Civil Veterinary Department. Central Provinces & Berar 1925-31 - 1925-1931
Year: 1925
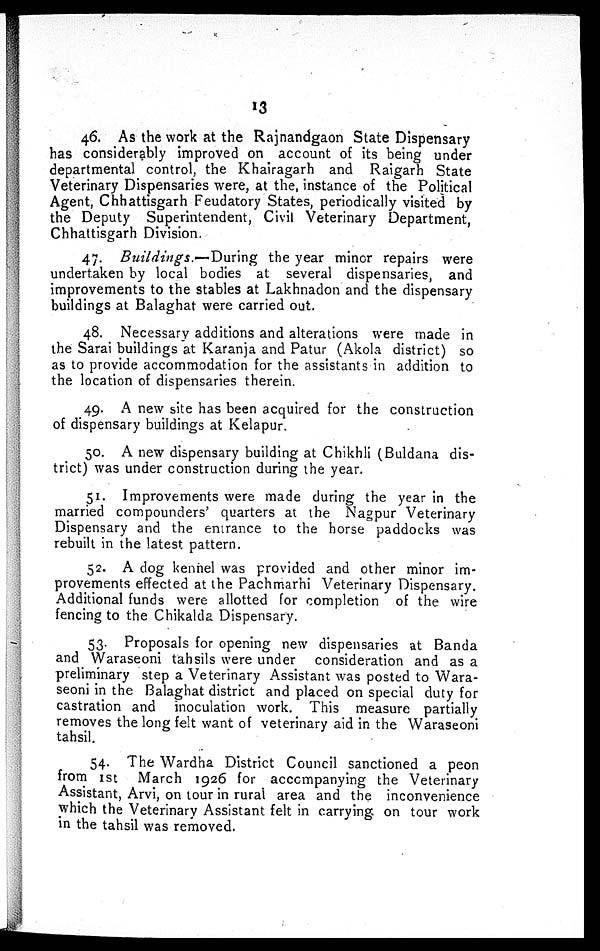
13
46. As the work at the Rajnandgaon State Dispensary
has considerably improved on account of its being under
departmental control, the Khairagarh and Raigarh State
Veterinary Dispensaries were, at the, instance of the Political
Agent, Chhattisgarh Feudatory States, periodically visited by
the Deputy Superintendent, Civil Veterinary Department,
Chhattisgarh Division.
47. Buildings.—During the year minor repairs were
undertaken by local bodies at several dispensaries, and
improvements to the stables at Lakhnadon and the dispensary
buildings at Balaghat were carried out.
48. Necessary additions and alterations were made in
the Sarai buildings at Karanja and Patur (Akola district) so
as to provide accommodation for the assistants in addition to
the location of dispensaries therein.
49. A new site has been acquired for the construction
of dispensary buildings at Kelapur.
50. A new dispensary building at Chikhli (Buldana dis-
trict) was under construction during the year.
51. Improvements were made during the year in the
married compounders' quarters at the Nagpur Veterinary
Dispensary and the entrance to the horse paddocks was
rebuilt in the latest pattern.
52. A dog kennel was provided and other minor im-
provements effected at the Pachmarhi Veterinary Dispensary.
Additional funds were allotted for completion of the wire
fencing to the Chikalda Dispensary.
53. Proposals for opening new dispensaries at Banda
and Waraseoni tahsils were under consideration and as a
preliminary step a Veterinary Assistant was posted to Wara-
seoni in the Balaghat district and placed on special duty for
castration and inoculation work. This measure partially
removes the long felt want of veterinary aid in the Waraseoni
tahsil.
54. The Wardha District Council sanctioned a peon
from 1st March 1926 for accompanying the Veterinary
Assistant, Arvi, on tour in rural area and the inconvenience
which the Veterinary Assistant felt in carrying on tour work
in the tahsil was removed.